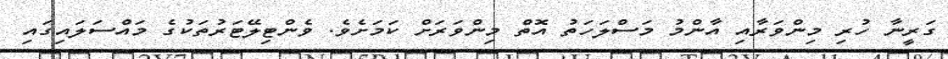
ގަރީނާ ހުރި މިންވަރާއި އާންމު މަސްލަހަތު އޮތް މިންވަރަށް ކަމަށެވެ. ވެންޓިލޭޓަރުތަކުގެ މައްސަލައިގައި